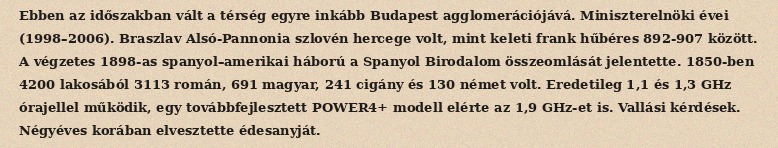
Ebben az időszakban vált a térség egyre inkább Budapest agglomerációjává. Miniszterelnöki évei (1998–2006). Braszlav Alsó-Pannonia szlovén hercege volt, mint keleti frank hűbéres 892-907 között. A végzetes 1898-as spanyol–amerikai háború a Spanyol Birodalom összeomlását jelentette. 1850-ben 4200 lakosából 3113 román, 691 magyar, 241 cigány és 130 német volt. Eredetileg 1,1 és 1,3 GHz órajellel működik, egy továbbfejlesztett POWER4+ modell elérte az 1,9 GHz-et is. Vallási kérdések. Négyéves korában elvesztette édesanyját.